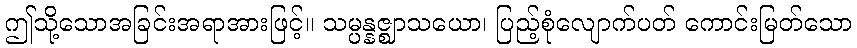
ဤသို့သောအခြင်းအရာအားဖြင့်။ သမ္ပန္နဇ္ဈာသယော၊ ပြည့်စုံလျောက်ပတ် ကောင်းမြတ်သော